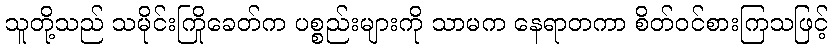
သူတို့သည် သမိုင်းကြိုခေတ်က ပစ္စည်းများကို သာမက နေရာတကာ စိတ်ဝင်စားကြသဖြင့်